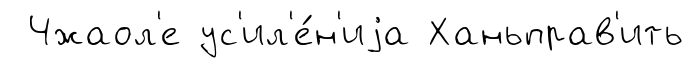
Чжаол'е ус'ил'е́н'иjа Ханьправ'ить